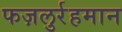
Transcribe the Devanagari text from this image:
फज़लुर्रहमान